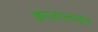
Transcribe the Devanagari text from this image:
क्वाजालाइन